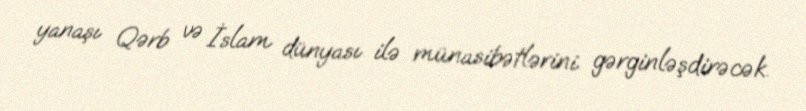
yanaşı Qərb və İslam dünyası ilə münasibətlərini gərginləşdirəcək.